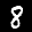
Label: 8